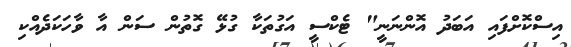
އިސްކޮށްފައި އަބަދު އޮންނަނީ" ޓެކްސީ އަގުތަކާ ގުޅޭ ގޮތުން ސަން އާ ވާހަކަދެއްކި